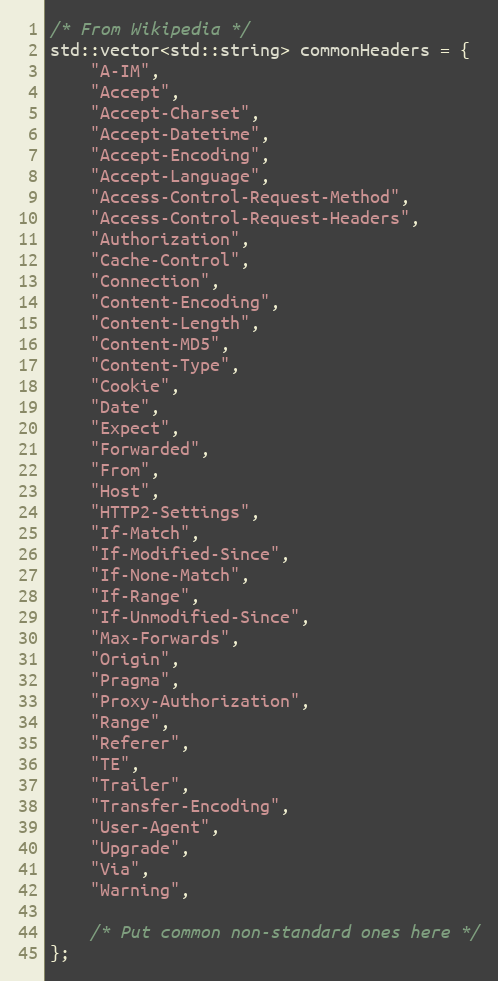
Language: C++
/* From Wikipedia */
std::vector<std::string> commonHeaders = {
    "A-IM",
    "Accept",
    "Accept-Charset",
    "Accept-Datetime",
    "Accept-Encoding",
    "Accept-Language",
    "Access-Control-Request-Method",
    "Access-Control-Request-Headers",
    "Authorization",
    "Cache-Control",
    "Connection",
    "Content-Encoding",
    "Content-Length",
    "Content-MD5",
    "Content-Type",
    "Cookie",
    "Date",
    "Expect",
    "Forwarded",
    "From",
    "Host",
    "HTTP2-Settings",
    "If-Match",
    "If-Modified-Since",
    "If-None-Match",
    "If-Range",
    "If-Unmodified-Since",
    "Max-Forwards",
    "Origin",
    "Pragma",
    "Proxy-Authorization",
    "Range",
    "Referer",
    "TE",
    "Trailer",
    "Transfer-Encoding",
    "User-Agent",
    "Upgrade",
    "Via",
    "Warning",

    /* Put common non-standard ones here */
};